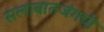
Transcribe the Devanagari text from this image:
सलाबातजंगची